Note on the mental hospitals in Burma - 1925-1940
Year: 1925
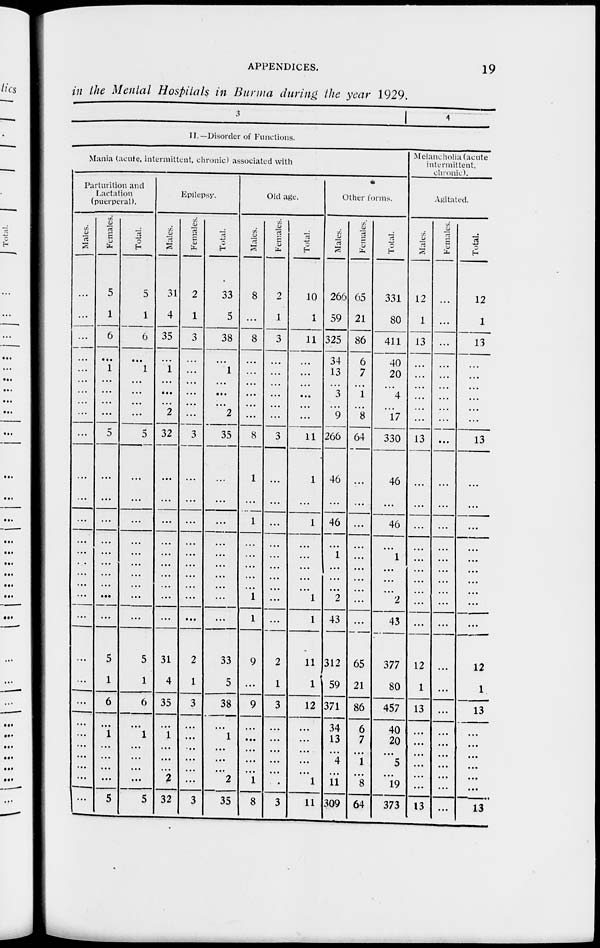
APPENDICES.
19
in the Mental Hospitals in Burma during the year 1929.
3
4
II.—Disorder of Functions.
Mania (acute, intermittent, chronic) associated with
Parturition and
Lactation
(puerperal).
Males.
...
...
...
...
...
...
...
...
...
...
...
...
...
...
...
...
...
...
...
...
...
...
...
...
...
...
...
...
Females.
5
1
6
...
1
...
...
5
...
...
...
...
...
...
...
...
...
...
5
1
6
...
1
...
...
...
...
5
Total.
5
1
6
...
1
...
...
5
...
...
...
...
...
...
...
...
...
...
5
1
6
...
1
...
...
...
...
5
Epilepsy.
Males.
31
4
35
...
1
...
2
32
...
...
...
...
...
...
...
...
...
...
31
4
35
...
1
...
...
...
2
32
Females.
2
1
3
...
...
...
...
3
...
...
...
...
...
...
...
...
...
...
2
1
3
...
...
...
...
...
...
3
Total.
33
5
38
...
1
...
2
35
...
...
...
...
...
...
...
...
...
...
33
5
38
...
1
...
...
...
2
35
Old age.
Males.
8
...
8
...
...
...
...
8
1
...
1
...
...
...
...
...
1
1
9
...
9
...
...
...
...
...
1
8
Females.
2
1
3
...
...
...
...
3
...
...
...
...
...
...
...
...
...
...
2
1
3
...
...
...
...
...
...
3
Total.
10
1
11
...
...
...
...
11
1
...
1
...
...
...
...
...
1
1
11
1
12
...
...
...
...
...
1
11
Other forms.
Males.
266
59
325
34
13
3
9
266
46
...
46
...
1
...
...
...
2
43
312
59
371
34
13
...
4
...
11
309
Females.
65
21
86
6
7
1
8
64
...
...
...
...
...
...
...
...
...
...
65
21
86
6
7
...
1
...
8
64
Total.
331
80
411
40
20
4
17
330
46
...
46
...
1
...
...
...
2
43
377
80
457
40
20
...
5
...
19
373
Melancholia (acute
intermittent,
chronic).
Agitated.
Males.
12
1
13
...
...
...
...
13
...
...
...
...
...
...
...
...
...
...
12
1
13
...
...
...
...
...
...
13
Females.
...
...
...
...
...
...
...
...
...
...
...
...
...
...
...
...
...
...
...
...
...
...
...
...
...
...
...
...
Total.
12
1
13
...
...
...
...
13
...
...
...
...
...
...
...
...
...
...
12
1
13
...
...
...
...
...
...
13